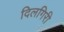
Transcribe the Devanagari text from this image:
दिलगिरी